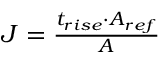
\begin{array} { r } { J = \frac { t _ { r i s e } \cdot A _ { r e f } } { A } } \end{array}